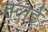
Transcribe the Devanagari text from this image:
तेलई